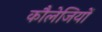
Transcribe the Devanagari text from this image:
कौलेजियों